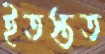
ইতস্তত